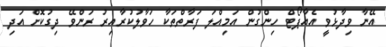
އޭނާ ވިދާޅުވީ އެއާޕޯޓް ހިންގުން އަމިއްލަ ފަރާތްތަކާ ހަވާލުކުރާއިރު ރަންވޭ ދިގުކޮށް އަދި